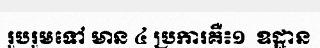
រួបរួមទៅ មាន ៤ ប្រការគឺ៖១  ឧដ្ឋាន